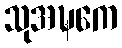
သုအဍ္ဎကေ